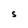
Character: S